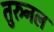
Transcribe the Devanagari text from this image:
तुरुनल